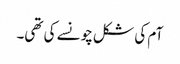
آم کی شکل چونسے کی تھی۔